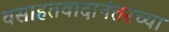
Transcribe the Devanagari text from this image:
वसाहतवादानंतरच्या